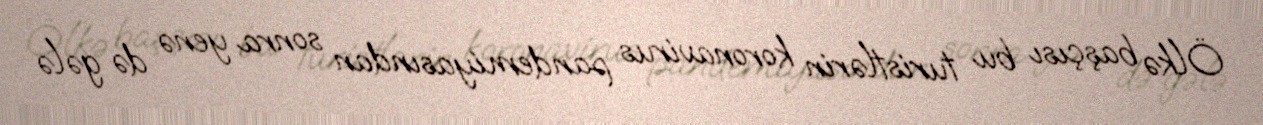
Ölkə başçısı bu turistlərin koronavirus pandemiyasından sonra yenə də gələ